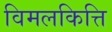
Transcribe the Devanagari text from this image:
विमलकित्ति